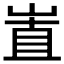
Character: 𡸽